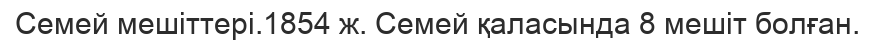
Семей мешіттері.1854 ж. Семей қаласында 8 мешіт болған.